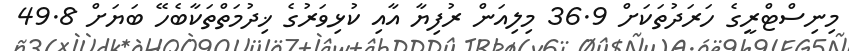
މިނިސްޓްރީގެ ހަރަދުތަކަށް 36.9 މިލިއަން ރުފިޔާ އާއި ކުޅިވަރުގެ ޚިދުމަތްތަކާބެހޭ ބަޔަށް 49.8